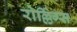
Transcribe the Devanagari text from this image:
रोल्लिंग्स